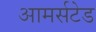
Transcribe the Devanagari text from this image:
आमर्सटेड